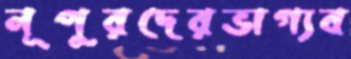
নূপুরদেরভাগ্যব